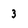
Character: 3